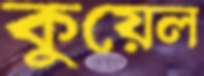
কুয়েল